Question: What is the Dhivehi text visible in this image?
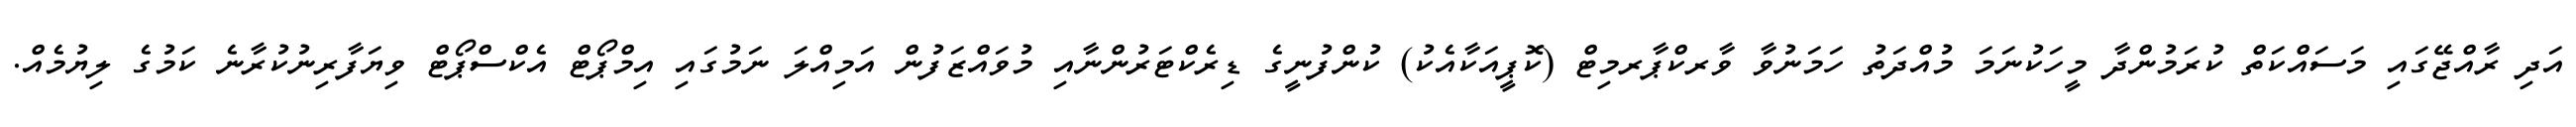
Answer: އަދި ރާއްޖޭގައި މަސައްކަތް ކުރަމުންދާ މީހަކުނަމަ މުއްދަތު ހަމަނުވާ ވާރކްޕާރމިޓް (ކޮޕީއަކާއެކު) ކުންފުނީގެ ޑިރެކްޓަރުންނާއި މުވައްޒަފުން އަމިއްލަ ނަމުގައި އިމްޕޯޓް އެކްސްޕޯޓް ވިޔަފާރިނުކުރާނެ ކަމުގެ ލިޔުމެއް.